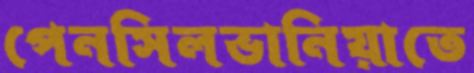
পেনসিলভানিয়াতে